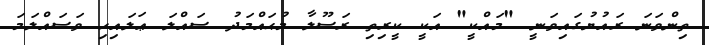
ތިންވަނަ ރައުޔުގައިވަނީ "މައްކީ" އަކީ ކީރިތި ރަސޫލާ މުޙައްމަދު ޞައްލަ ޢަލައިހި ވަސައްލަމަ